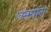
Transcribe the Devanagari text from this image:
त्सगान